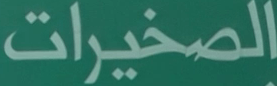
الصخيرات